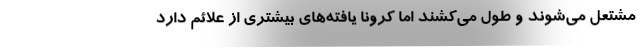
مشتعل می‌شوند و طول می‌کشند اما کرونا یافته‌های بیشتری از علائم دارد